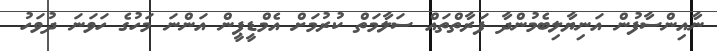
ނާއިންސާފުން އަނިޔާލިބެމުންދާ ފަރާތްތައް ސަލާމަތް ކުރުމަށް އެމްޑީޕީން އަންނަ މަހުގެ ހަވަނަ ދުވަހު